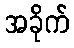
အခိုက်